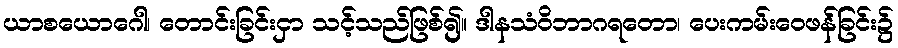
ယာစယောဂေါ၊ တောင်းခြင်းငှာ သင့်သည်ဖြစ်၍။ ဒါနသံဝိဘာဂရတော၊ ပေးကမ်းဝေဖန်ခြင်း၌